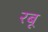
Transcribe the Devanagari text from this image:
रबू